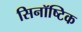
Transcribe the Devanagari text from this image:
सिनॉष्टिक